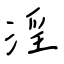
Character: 淫